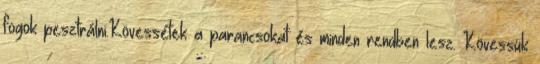
fogok pesztrálni.Kövessétek a parancsokat és minden rendben lesz. Kövessük